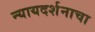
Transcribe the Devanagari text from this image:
न्यायदर्शनाचा